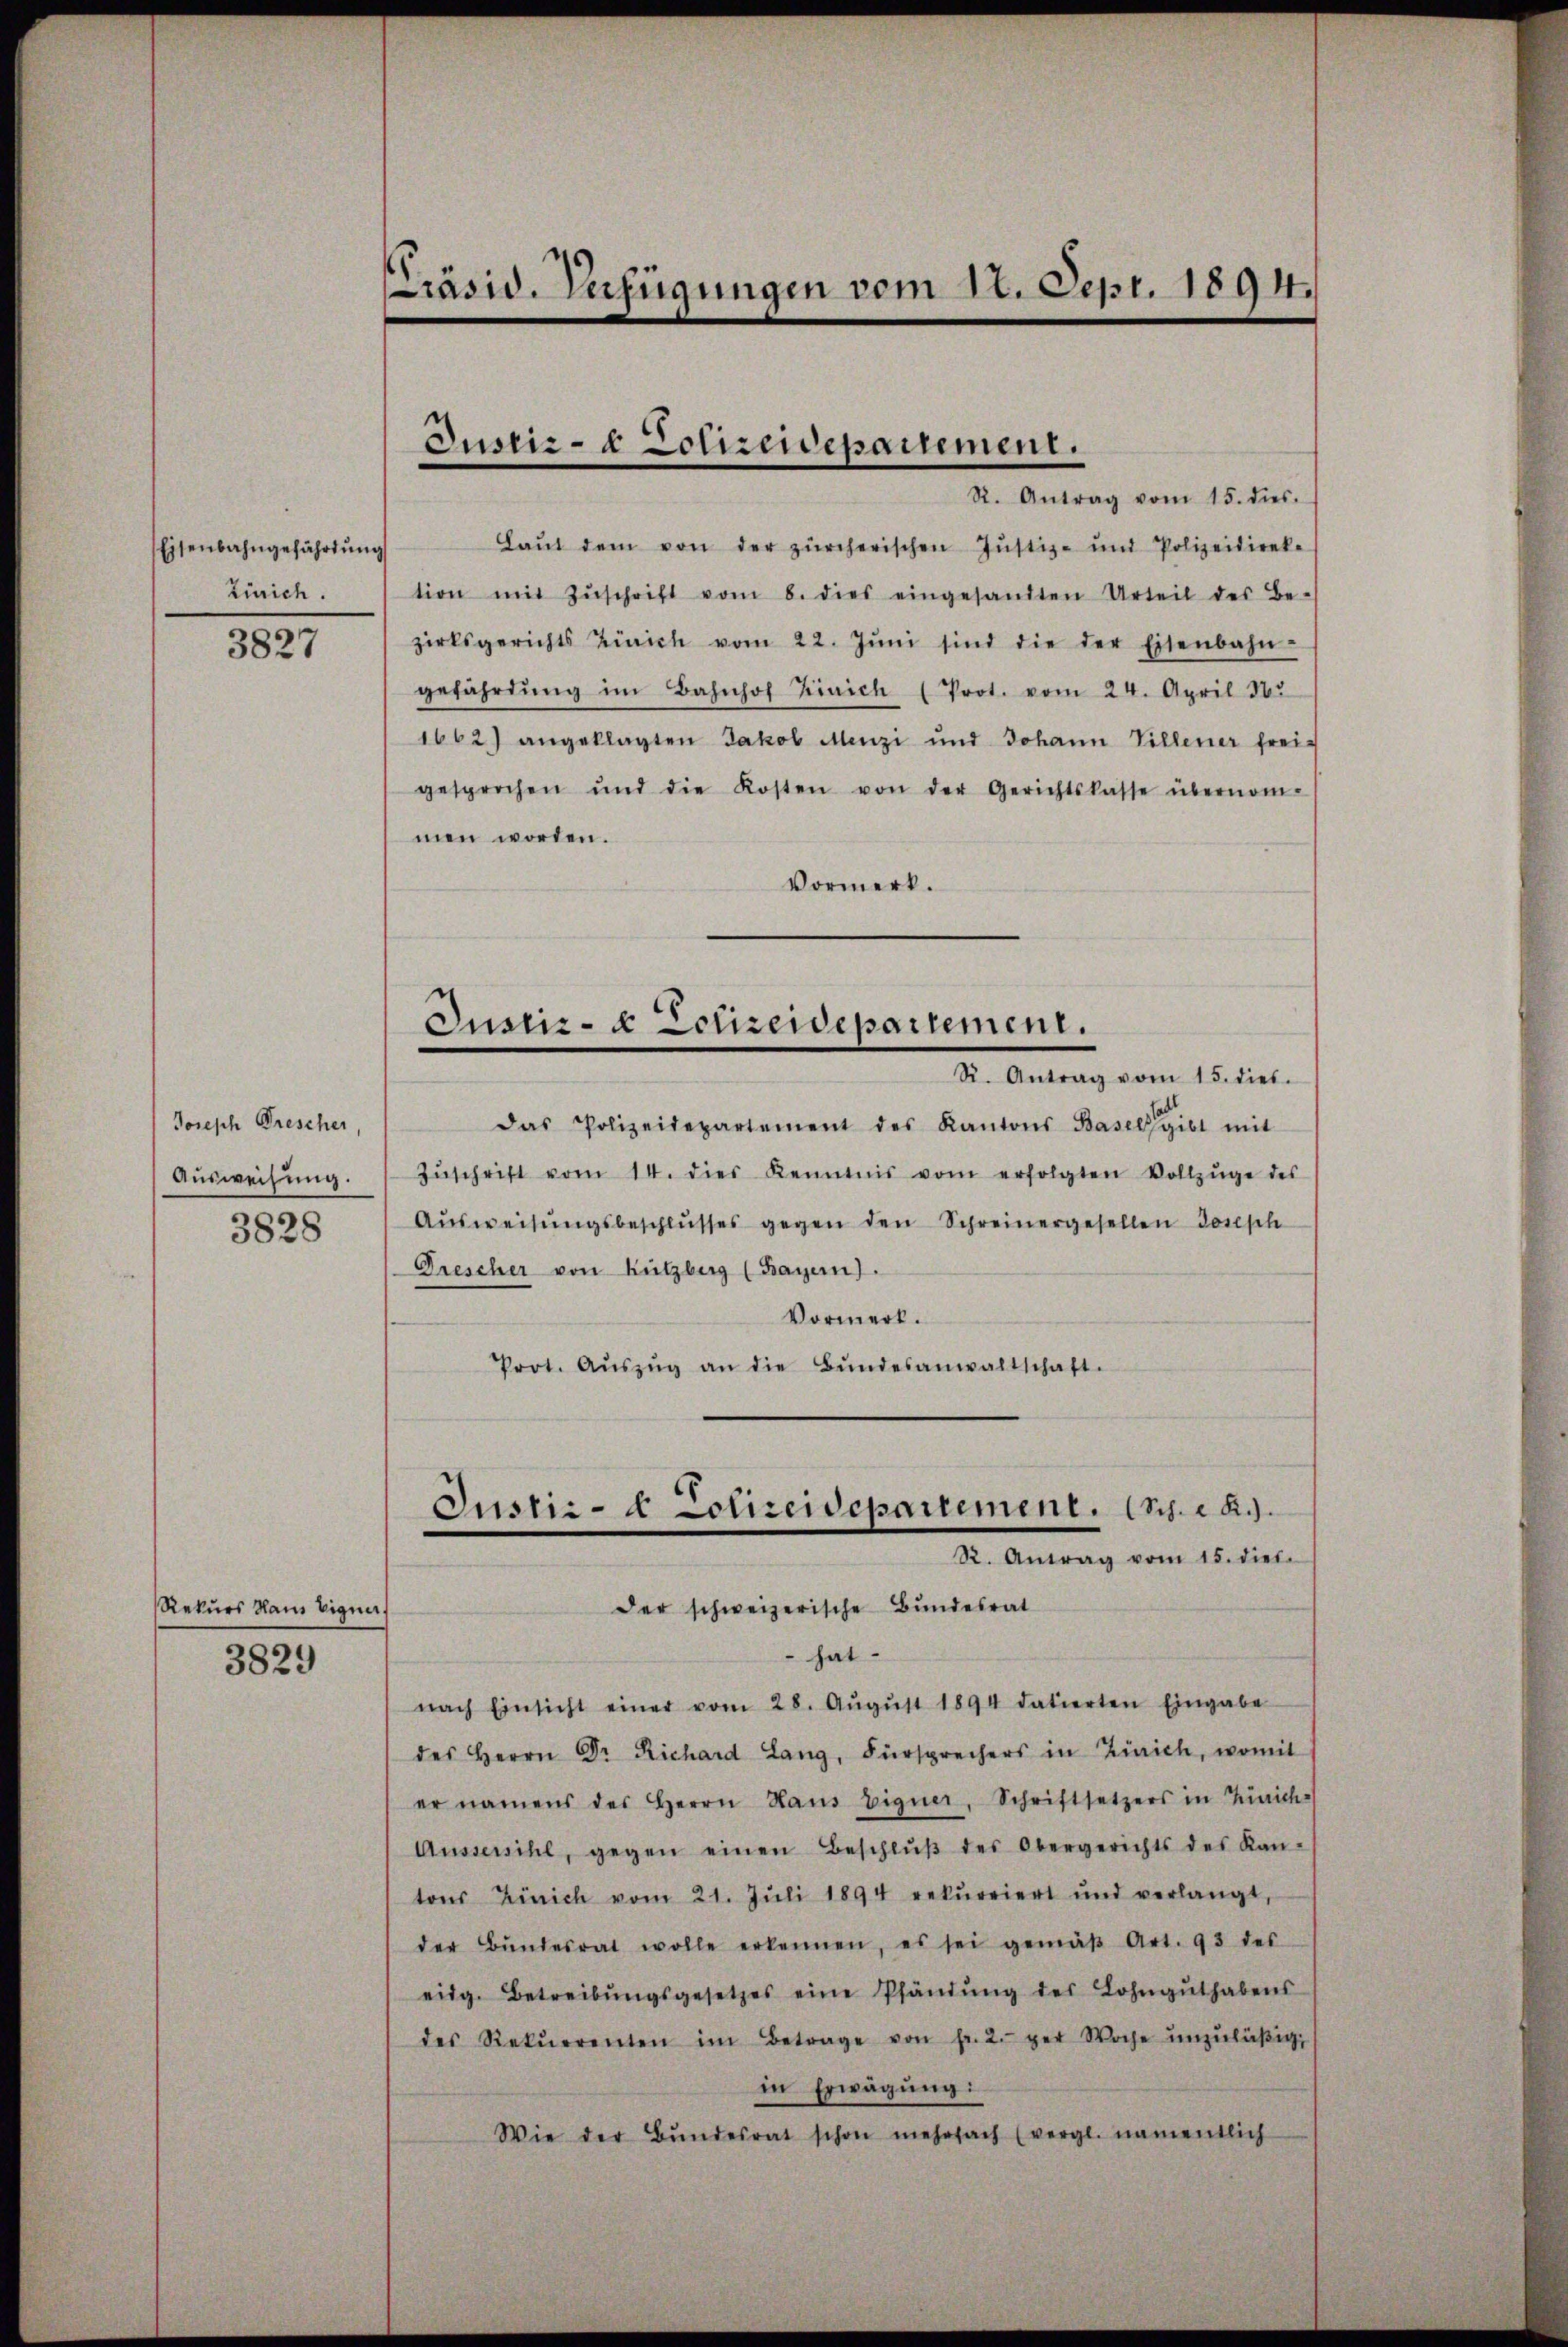
Eisenbahngefährdung
Zürich.

3827

Joseph Drescher,
Ausweisung.
3828

Rekurs Haus Eigne

3829

Präsid. Verfügungen vom 12. Sept. 1894.

Justiz- & Polizeidepartement.
R. Antrag vom 15. dies.

Laŭt dem von der zürcherischen Jŭstiz- und Polizeidierke
tion mit Zŭschrift vom 8. dies eingesandten Urteil des Be-
zirksgerichts Zürich vom 22. Jŭni sind die der Eisenbahn-
gefährdŭng im Bahnhof Zürich (Prot. vom 24. April 182
1662) angeklagten Jakob Menzi und Johann Villener frei-
gesprochen und die Kosten von der Gerichtskasse übernom-
men worden.
Vormerk.
Justiz- & Polizeidepartement.
R. Antrag vom 15. dies.
Das Polizeidepartement des Kantons Basel gibt mit
Zŭschrift vom 14. dies Kenntnis vom erfolgten Vollzüge des
Aŭsweisŭngsbeschlŭsses gegen den Schreinergesellen Joseph
Drescher von Rützberg (Bayern).
Vormerk.
Prot. Aŭszŭg an die Bŭndesanwaltschaft.

hat.
nach Einsicht einer vom 28. Aŭgŭst 1894 datierten Eingabe
des Herrn Dr. Richard Lang, Fürsprechers in Zürich, womit
er namens des Herrn Haus Eigner, Schriftsetzers in Zürich-
Aussersihl, gegen einen Beschlŭβ des Obergerichts des Kan-
tons Zürich vom 21. Jŭli 1894 rekurriert und verlangt,
der Bŭndesrat wolle erkennen, es sei gemäβ Art. 93 des
eidg. Betreibŭngsgesetzes eine Pfändŭng des Lohngŭthabens
des Rekŭrrenten im Betrage von fr. 2. per Woche ŭnzŭläβig
in Erwägung:
Wie der Bŭndesrat schon mehrfach (vergl. namentlich

Justiz- & Conzerdepartement. (Sch. R.).
R. Antrag vom 15. dies.
der schweizerische Bundesrat